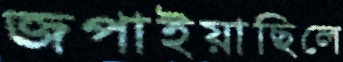
জপাইয়াছিলে